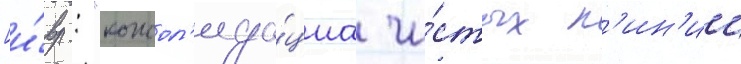
[и́вр.: "консол'ида́циа чи́стых л'ин'ии